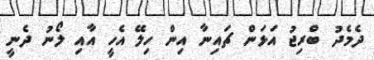
ދެމެދު ބްރިޖު އަޅަން ޗައިނާ އިން ހިލޭ އެހީ އާއި ލޯނު ދެނީ